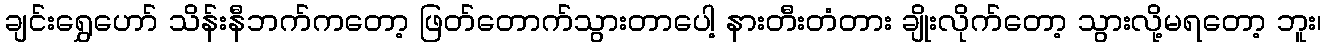
ချင်းရွှေဟော် သိန်းနီဘက်ကတော့ ဖြတ်တောက်သွားတာပေါ့ နားတီးတံတား ချိုးလိုက်တော့ သွားလို့မရတော့ ဘူး၊